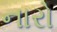
નારો